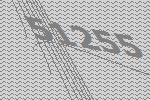
51255